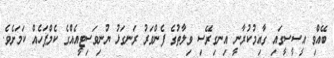
ބޭއްވި އީސީސީގައި ގާއިމުކުރާނީ އިނގިރޭސި ވިލާތުގެ ފެންވަރު ރަނގަޅު ޔުނިވަސިޓީއެއްގެ ކެމްޕަހެއް ކަމަށެވެ.